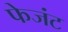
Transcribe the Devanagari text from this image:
फेजंट